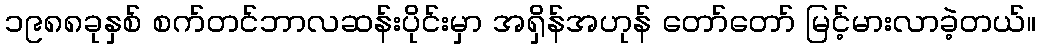
၁၉၈၈ခုနှစ် စက်တင်ဘာလဆန်းပိုင်းမှာ အရှိန်အဟုန် တော်တော် မြင့်မားလာခဲ့တယ်။